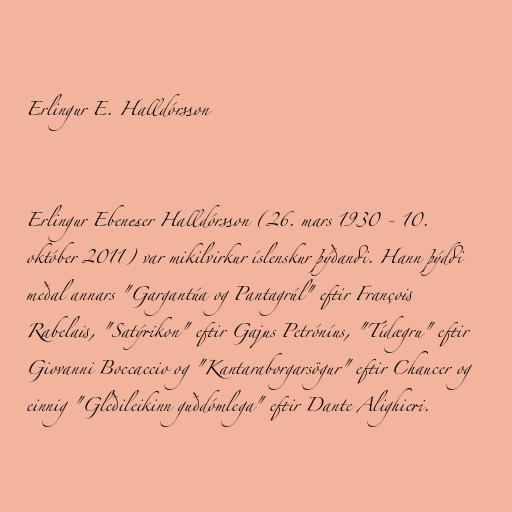
Erlingur E. Halldórsson

Erlingur Ebeneser Halldórsson (26. mars 1930 - 10.
október 2011) var mikilvirkur íslenskur þýðandi. Hann þýddi
meðal annars "Gargantúa og Pantagrúl" eftir François
Rabelais, "Satýrikon" eftir Gajus Petróníus, "Tídægru" eftir
Giovanni Boccaccio og "Kantaraborgarsögur" eftir Chaucer og
einnig "Gleðileikinn guðdómlega" eftir Dante Alighieri.